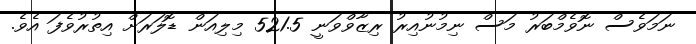
ނަމަވެސް ނޮވެމްބަރު މަސް ނިމުނުއިރު ރިޒާވްވަނީ 521.5 މިލިއަން ޑޮލަރަށް އިތުރުވެފަ އެވެ.